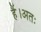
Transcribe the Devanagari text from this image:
हैं।अतः